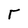
Character: r